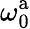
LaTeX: \omega_{\mathrm{0}}^{\mathrm{a}}